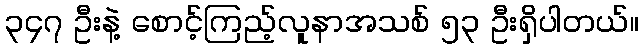
၃၄၇ ဦးနဲ့ စောင့်ကြည့်လူနာအသစ် ၅၃ ဦးရှိပါတယ်။